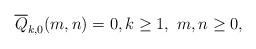
LaTeX: \begin{align*}\overline{Q}_{k,0}(m,n)=0, k\geq 1,\ m,n\geq 0,\end{align*}